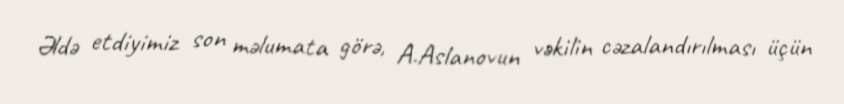
Əldə etdiyimiz son məlumata görə, A.Aslanovun vəkilin cəzalandırılması üçün